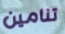
تنامين